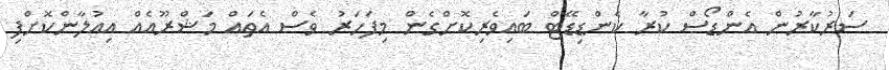
ސަރުކާރުން އެންޑޯސް ކުރާ ކެންޑިޑޭޓް ބައިވެރިކޮށްގެން މިފަހަރު ވެސް އެތައް މަޝްރޫއެއް އިއުލާންކޮށްފި